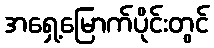
အရှေ့မြောက်ပိုင်းတွင်